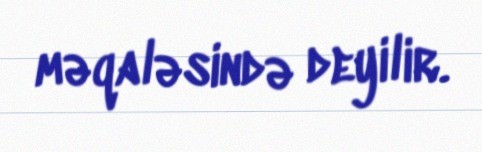
məqaləsində deyilir.